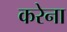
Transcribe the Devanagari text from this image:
करेना